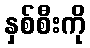
နှစ်စီးကို